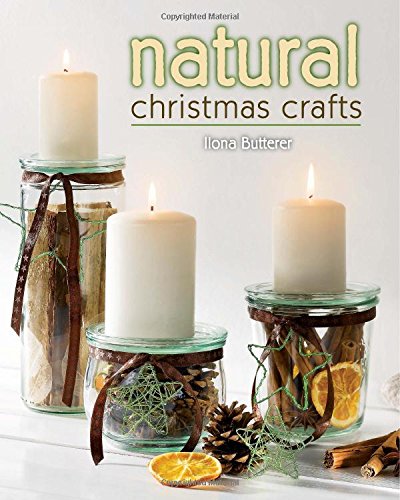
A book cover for Natural Christmas Crafts; Ilona Butterer; Crafts, Hobbies & Home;